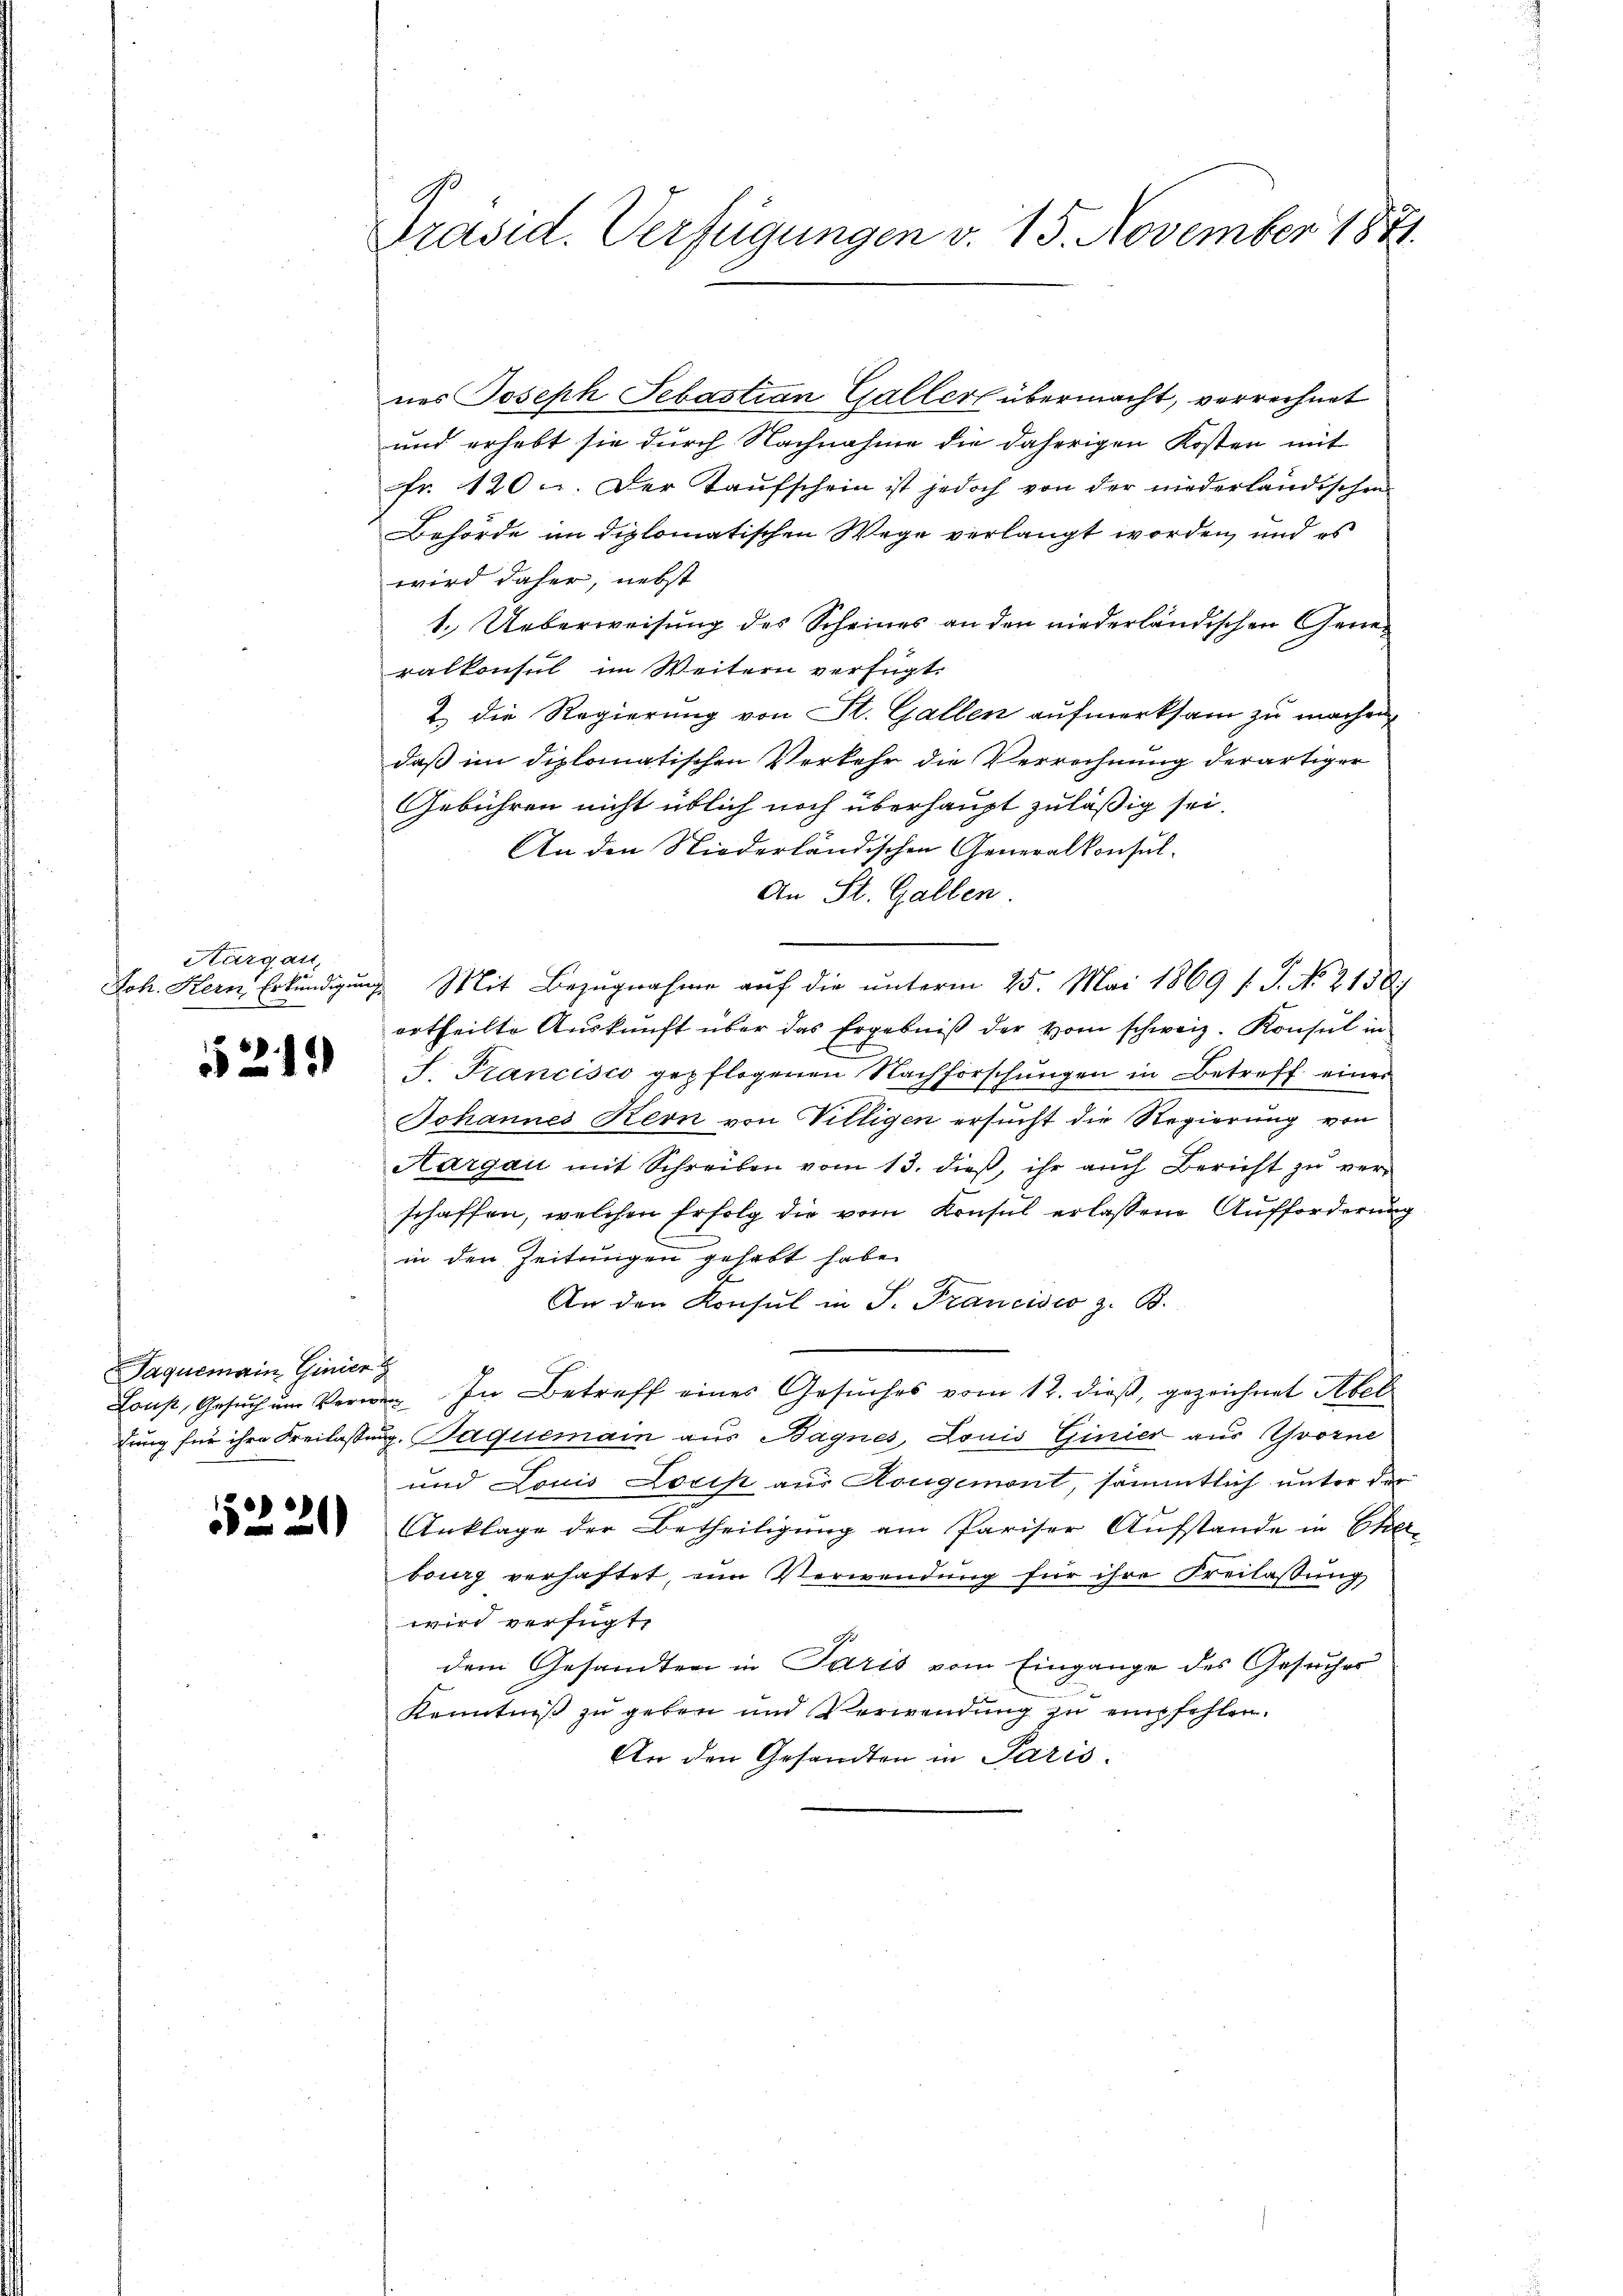
Hargau,

55215

Jaquemain Ginier

552221

Präsid. Verfügungen v. 15. November 1871.

nes Joseph Sebastian Galler übermacht, verrechnet
und erhebt sie durch Nachnahme die daherigen Kosten mit
Fr. 420. Der Taufschein ist jedoch von der niederländischen
Behörde im diplomatischen Wege verlangt worden, und es
wird daher, nebst
1. Ueberweisung des Scheines an den niederländischen Generalkonsul im Weitern verfügt:
2 die Regierung von St. Gallen aufmerksam zu machen,
daß im diplomatischen Verkehr die Verrechnung derartiger
Gebühren nicht üblich noch überhaupt zuläßig sei.
An den Niederländischen Generalkonsul-
An St. Gallen.
Joh. Kern Erkundigung Mit Bezugnahme auf die unterm 25. Mai 1869 f. P. No. 2138
ertheilte Auskunft über das Ergebniß der vom schweiz. Konsul in
S. Francisco gepflogenen Nachforschungen in Betreff einer
Johannes Kern von Villigen ersucht die Regierung von
Aargau mit Schreiben vom 13. dieß, ihr auch Bericht zu verschaffen, welchen Erfolg die vom Konsul erlassene Aufforderung
in den Zeitungen gehabt habe.
An den Konsul in S. Francisco z. B.
Lons, Gesuch um Vernen. In Betreff eines Gesuches vom 12. dieß, gezeichnet Abel
fung für ihre Freilassung. Paquemain aus Bagnes, Louis Ginier aus Yvorne
und Louis Lorik aus Kougemont, sämmtlich unter der
Anklage der Betheiligung am Pariser Aufstande in Eher
burg verhaftet, ein Verwendung für ihre Freilassung
wird verfügt,
dem Gesandten in Paris vom Eingange des Gesucher
Kenntniß zu geben und Verwendung zu empfehlen.
An den Gesandten in Paris.